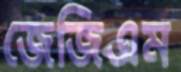
জেজিএম